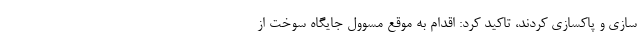
سازی و پاکسازی کردند، تاکید کرد: اقدام به موقع مسوول جایگاه سوخت از